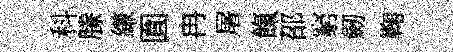
科縢縑圎冉屠餼邵窮劒鞠